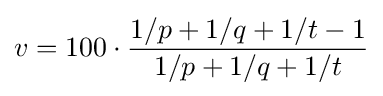
v=100\cdot {\frac {1/p+1/q+1/t-1}{1/p+1/q+1/t}}